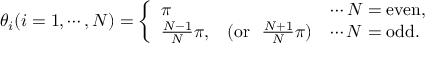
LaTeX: \theta _ { i } ( i = 1 , \cdots , N ) = \left\{ \begin{array} { l c l } { { \pi } } & { { } } & { { \cdots N = \mathrm { e v e n } , } } \\ { { { \frac { N - 1 } { N } } \pi , } } & { { ( \mathrm { o r } ~ ~ { \frac { N + 1 } { N } } \pi ) } } & { { \cdots N = \mathrm { o d d } . } } \end{array} \right.